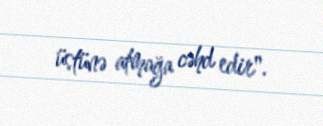
üstünə atmağa cəhd edir".